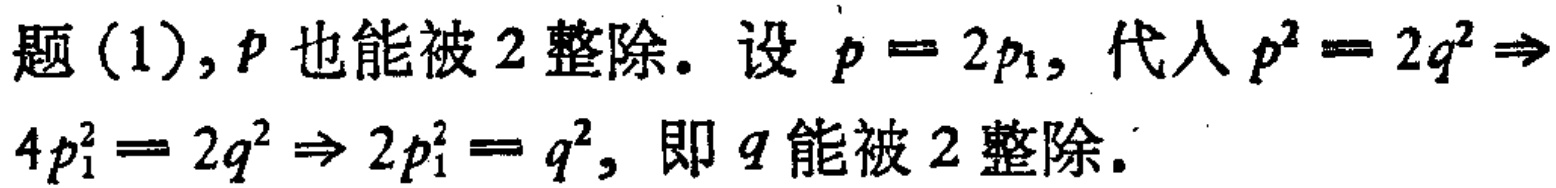
题 (1), \(p\) 也能被 \(2\) 整除. 设 \(p = 2p_1\), 代入 \(p^{2}=2q^{2}\Rightarrow 4p_{1}^{2}=2q^{2}\Rightarrow 2p_{1}^{2}=q^{2}\), 即 \(q\) 能被 \(2\) 整除.